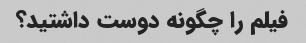
فیلم را چگونه دوست داشتید؟